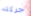
حركته